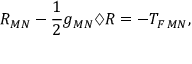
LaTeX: R _ { M N } - \frac { 1 } { 2 } g _ { M N } \diamondsuit R = - T _ { F \, M N } ,